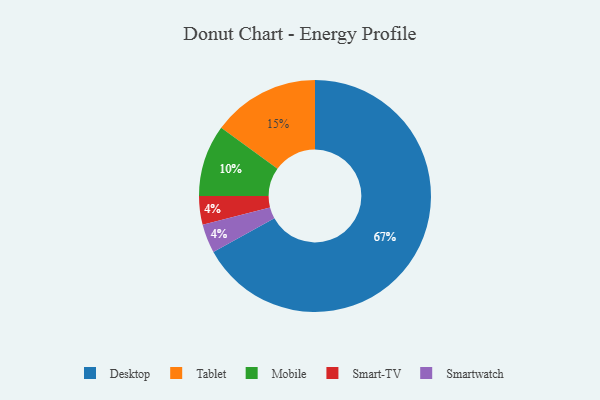
{"axis": {"x": "Category", "y": "Percentage"}, "legend": ["Desktop", "Mobile", "Smart-TV", "Smartwatch", "Tablet"], "data": [{"x": "Desktop", "y": 67, "type": "Desktop"}, {"x": "Tablet", "y": 15, "type": "Tablet"}, {"x": "Mobile", "y": 10, "type": "Mobile"}, {"x": "Smart-TV", "y": 4, "type": "Smart-TV"}, {"x": "Smartwatch", "y": 4, "type": "Smartwatch"}]}